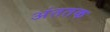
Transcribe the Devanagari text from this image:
अंततक